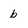
Character: b